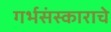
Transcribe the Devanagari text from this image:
गर्भसंस्काराचे